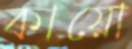
কায়ো